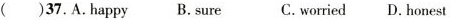
( )37.A.happy B.sure C.worried D.honest